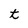
Character: t